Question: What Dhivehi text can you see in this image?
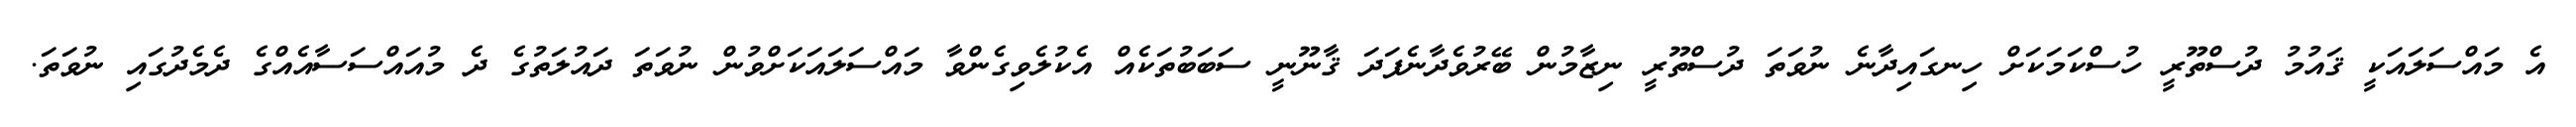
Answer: އެ މައްސަލައަކީ ޤައުމު ދުސްތޫރީ ހުސްކަމަކަށް ހިނގައިދާނެ ނުވަތަ ދުސްތޫރީ ނިޒާމުން ބޭރުވެދާނެފަދަ ޤާނޫނީ ސަބަބުތަކެއް އެކުލެވިގެންވާ މައްސަލައަކަށްވުން ނުވަތަ ދައުލަތުގެ ދެ މުއައްސަސާއެއްގެ ދެމެދުގައި ނުވަތަ.